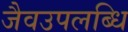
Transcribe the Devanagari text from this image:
जैवउपलब्धि